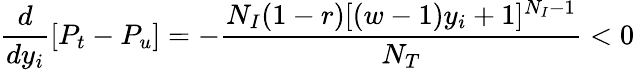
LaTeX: \frac{d}{dy_{i}}\left[P_{t}-P_{u}\right]=-\frac{N_{I}(1-r)[(w-1)y_{i}+1]^{N_{I}-1}}{N_{T}}<0